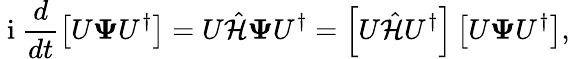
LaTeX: \mathrm{~i~}\frac{d}{dt}\left[U{\mathbf\Psi}U^{\dagger}\right]=U{\hat{\cal H}}{\mathbf\Psi}U^{\dagger}=\left[U{\hat{\cal H}}U^{\dagger}\right]\left[U{\mathbf\Psi}U^{\dagger}\right],